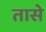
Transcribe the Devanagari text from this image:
तासे